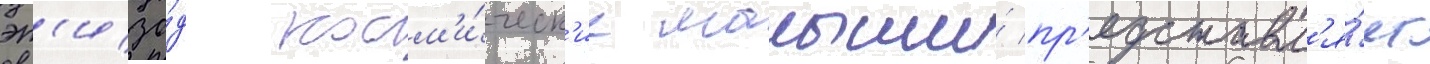
эп'изо́д косм'и́ческ'ие малыши́ пр'едставл'я́ет